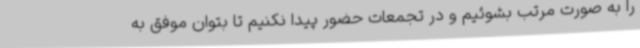
را به صورت مرتب بشوئیم و در تجمعات حضور پیدا نکنیم تا بتوان موفق به